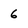
Character: 6